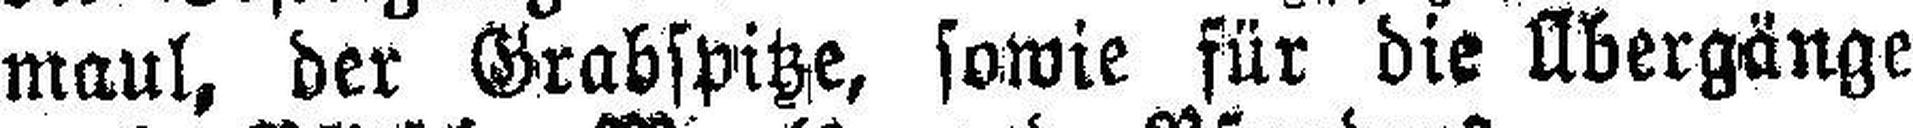
maul, der Grabspitze, sowie für die Übergänge